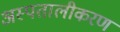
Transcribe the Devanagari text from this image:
अस्पतालीकरण